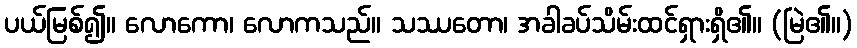
ပယ်မြစ်၍။ လောကော၊ လောကသည်။ သဿတော၊ အခါခပ်သိမ်းထင်ရှားရှိ၏။ (မြဲ၏။)